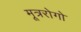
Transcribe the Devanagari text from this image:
मूत्ररोगो